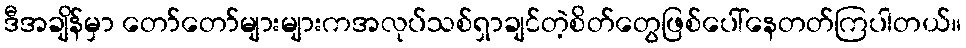
ဒီအချိန်မှာ တော်တော်များများကအလုပ်သစ်ရှာချင်တဲ့စိတ်တွေဖြစ်ပေါ်နေတတ်ကြပါတယ်။